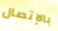
بالإتصال